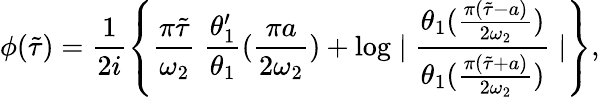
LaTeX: \phi(\tilde{\tau})=\frac{1}{2i}\left\{ \frac{\pi\tilde{\tau}}{\omega_{2}}\; \frac{\theta_{1}^{\prime}}{\theta_{1}}(\frac{\pi a}{2\omega_{2}})+\log\mid\frac{\theta_{1}(\frac{\pi(\tilde{\tau}-a)}{2\omega_{2}})}{\theta_{1}(\frac{\pi(\tilde{\tau}+a)}{2\omega_{2}})}\mid\right\} ,